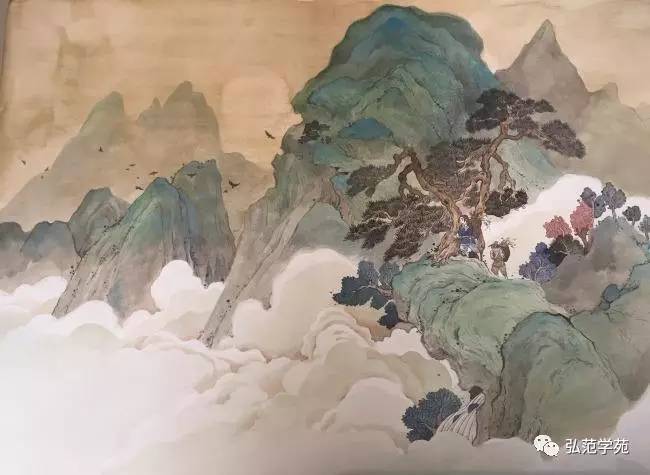
愚而好自用，贱而好自专。生乎今之世，反古之道。如此者灾及其身者也。